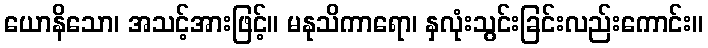
ယောနိသော၊ အသင့်အားဖြင့်။ မနုသိကာရော၊ နှလုံးသွင်းခြင်းလည်းကောင်း။